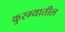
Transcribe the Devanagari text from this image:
कुरम्यातील